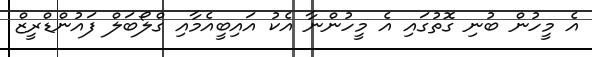
އެ މީހުން ބުނި ގޮތުގައި އެ މީހުންނާ އެކު އައިބީއެމާއި ގްލޯބަލް ފައުންޑްރީޒް